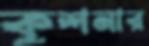
কুশনার